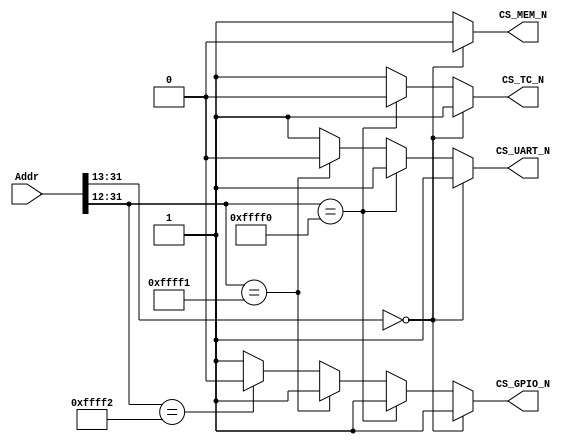
module Addr_Decoder (input [31:0] Addr,
                     output reg CS_MEM_N,
                     output reg CS_TC_N,
                     output reg CS_UART_N,
                     output reg CS_GPIO_N);
  
//======================================================================
//  Address      Peripheral     Peripheral Name              Size
// OxFFFF_FFFF  -------------  
//
//                Reserved
//
// OxFFFF_3000  -------------  
//                 GPIO         General Purpose IO            4KB
// OxFFFF_2000  -------------
//                              Universal 
//                  UART        Asynchronous                  4KB
//                              Receive/ Transmitter 
// OxFFFF_1000  -------------
//                  TC          Timer Conter                  4KB
// OxFFFF_0000  -------------                                
//
//                Reserved
//
// Ox0000_2000  -------------                                
//                  mem        Instruction & Data Memory      8KB
// Ox0000_0000  -------------                                
//=======================================================================

always @(*)
	begin
		if 		(Addr[31:13] == 19'h0000)		// Instruction & Data Memory
			begin
				CS_MEM_N		<=0;
				CS_TC_N 		<=1;
				CS_UART_N	<=1;
				CS_GPIO_N	<=1;
			end
    
		else if	(Addr[31:12] == 20'hFFFF0)	// Timer
			begin
				CS_MEM_N		<=1;
				CS_TC_N		<=0;
				CS_UART_N	<=1;
				CS_GPIO_N	<=1;
			end

		else if	(Addr[31:12] == 20'hFFFF1)	// UART
			begin
				CS_MEM_N    <=1;
				CS_TC_N     <=1;
				CS_UART_N   <=0;
				CS_GPIO_N   <=1;
			end

		else if  (Addr[31:12] == 20'hFFFF2)	// GPIO
			begin
				CS_MEM_N    <=1;
				CS_TC_N     <=1;
				CS_UART_N   <=1;
				CS_GPIO_N	<=0;
			end

		else 											// Nothing selected
			begin
				CS_MEM_N   <=1;
				CS_TC_N    <=1;
				CS_UART_N  <=1;
				CS_GPIO_N  <=1;
			end
	end
endmodule